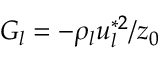
G _ { l } = - \rho _ { l } u _ { l } ^ { * 2 } / z _ { 0 }